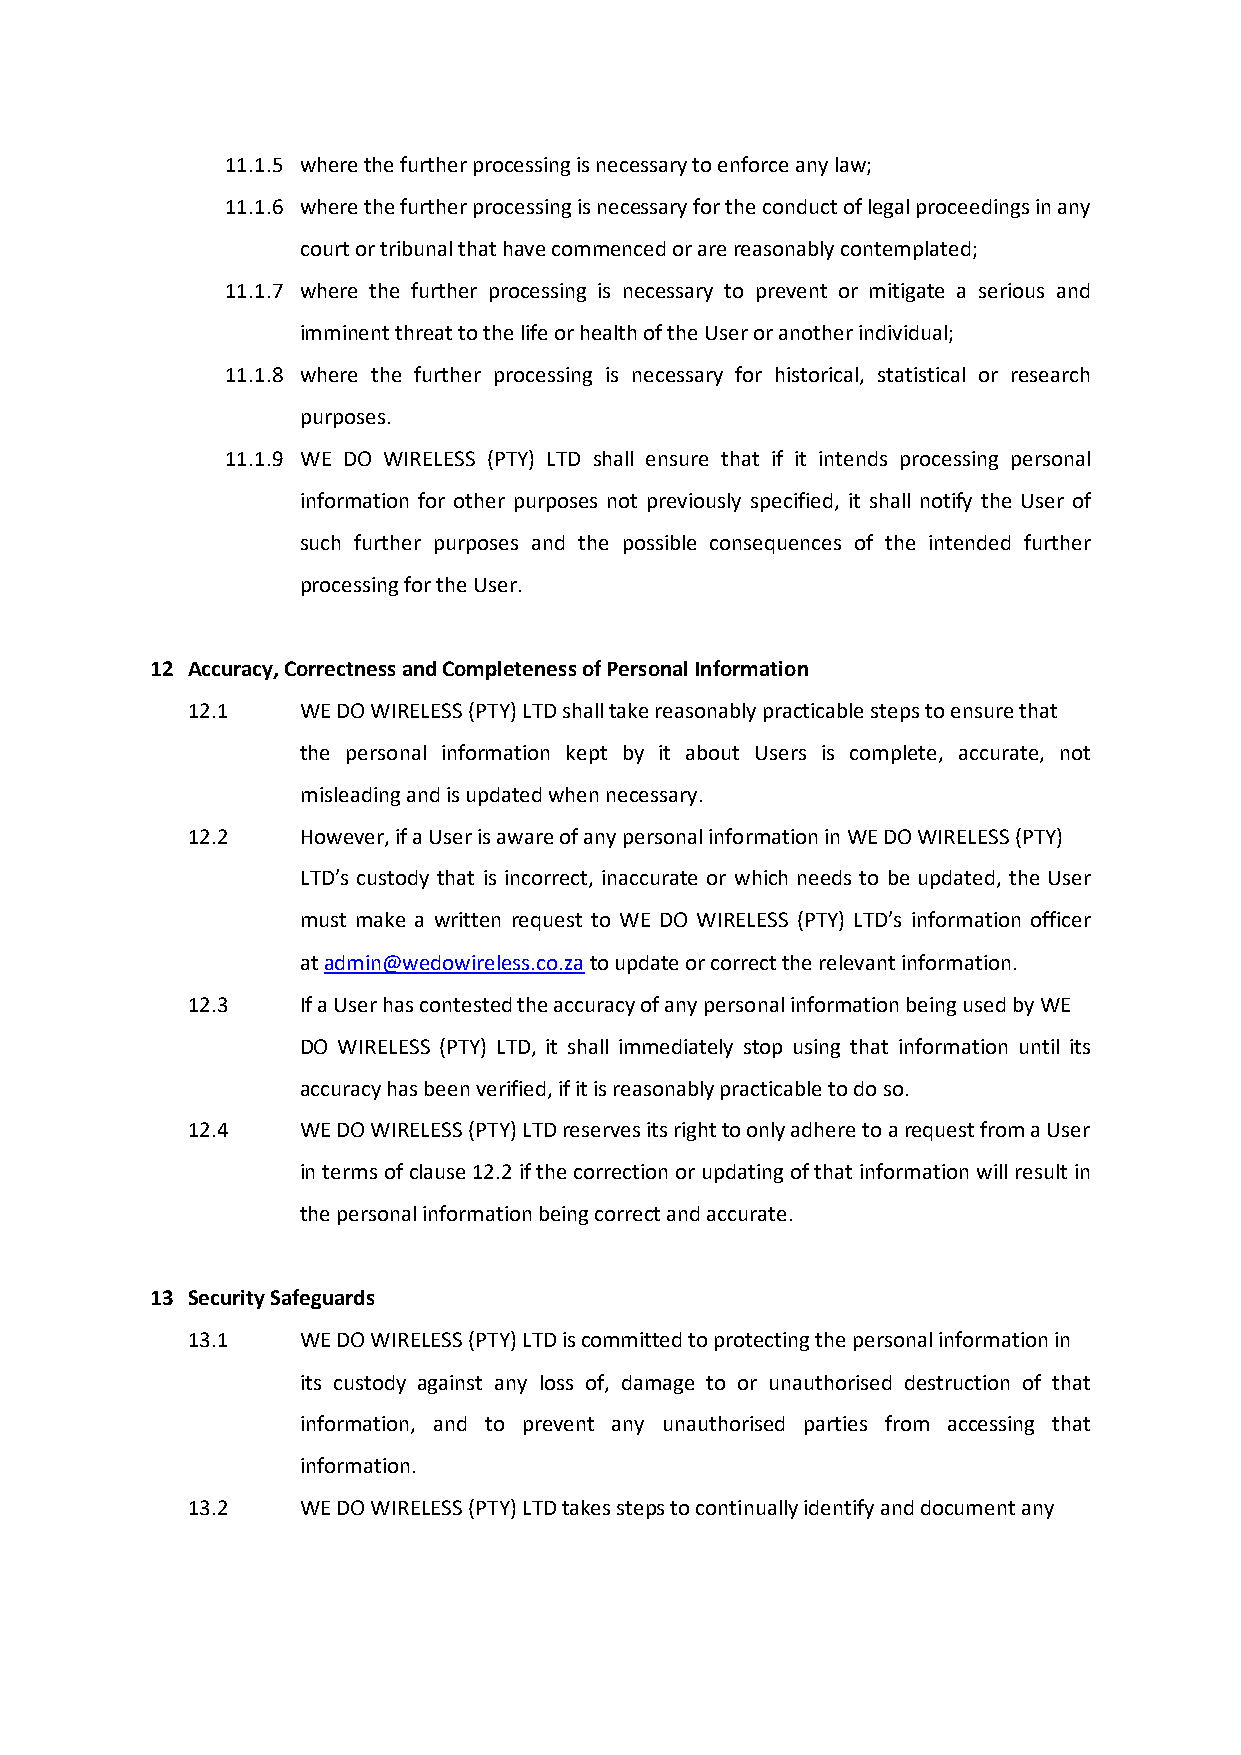
11.1.5 where the further processing is necessary to enforce any law;
 11.1.6 where the further processing is necessary for the conduct of legal proceedings in any
 court or tribunal that have commenced or are reasonably contemplated;
 11.1.7 where the further processing is necessary to prevent or mitigate a serious and
 imminent threat to the life or health of the User or another individual;
 11.1.8 where the further processing is necessary for historical, statistical or research
 purposes.
 11.1.9 WE DO WIRELESS (PTY) LTD shall ensure that if it intends processing personal
 information for other purposes not previously specified, it shall notify the User of
 such further purposes and the possible consequences of the intended further
 processing for the User.
 12 Accuracy, Correctness and Completeness of Personal Information
 12.1    WE DO WIRELESS (PTY) LTD shall take reasonably practicable steps to ensure that
 the personal information kept by it about Users is complete, accurate, not
 misleading and is updated when necessary.
 12.2    However, if a User is aware of any personal information in WE DO WIRELESS (PTY)
 LTD’s custody that is incorrect, inaccurate or which needs to be updated, the User
 must make a written request to WE DO WIRELESS (PTY) LTD’s information officer
 at admin@wedowireless.co.za to update or correct the relevant information.
 12.3    If a User has contested the accuracy of any personal information being used by WE
 DO WIRELESS (PTY) LTD, it shall immediately stop using that information until its
 accuracy has been verified, if it is reasonably practicable to do so.
 12.4    WE DO WIRELESS (PTY) LTD reserves its right to only adhere to a request from a User
 in terms of clause 12.2 if the correction or updating of that information will result in
 the personal information being correct and accurate.
 13 Security Safeguards
 13.1    WE DO WIRELESS (PTY) LTD is committed to protecting the personal information in
 its custody against any loss of, damage to or unauthorised destruction of that
 information, and to prevent any unauthorised parties from accessing that
 information.
 13.2    WE DO WIRELESS (PTY) LTD takes steps to continually identify and document any